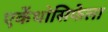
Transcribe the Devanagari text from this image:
एकेंथोसिफेला